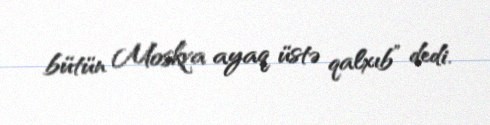
bütün Moskva ayaq üstə qalxıb” dedi.